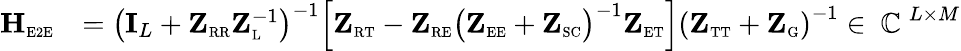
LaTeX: \begin{array}{rl}{\mathbf{H}_{\scriptscriptstyle\mathrm{E2E}}}&{=\left(\mathbf{I}_{L}+\mathbf{Z}_{\scriptscriptstyle\mathrm{R}\scriptscriptstyle\mathrm{R}}\mathbf{Z}_{\scriptscriptstyle\mathrm{L}}^{-1}\right)^{-1}\Big[\mathbf{Z}_{\scriptscriptstyle\mathrm{R}\scriptscriptstyle\mathrm{T}}-\mathbf{Z}_{\scriptscriptstyle\mathrm{R}\scriptscriptstyle\mathrm{E}}\big(\mathbf{Z}_{\scriptscriptstyle\mathrm{E}\scriptscriptstyle\mathrm{E}}+\mathbf{Z}_{\scriptscriptstyle\mathrm{SC}}\big)^{-1}\mathbf{Z}_{\scriptscriptstyle\mathrm{E}\scriptscriptstyle\mathrm{T}}\Big]\left(\mathbf{Z}_{\scriptscriptstyle\mathrm{T}\scriptscriptstyle\mathrm{T}}+\mathbf{Z}_{\scriptscriptstyle\mathrm{G}}\right)^{-1}\in\mathrm{~\mathbb{C}~}^{L\times M}}\end{array}